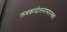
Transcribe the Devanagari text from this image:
लंबकांदोलनांसारख्या